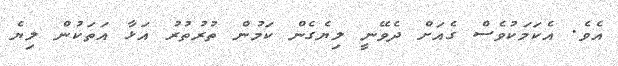
އެވެ. އެކަމަކުވެސް ގެއަށް ދެވޭނީ ލިޔެގެން ކަމުން ތުރުތުރު އަޅާ އަތަކުން ލިޔެ